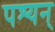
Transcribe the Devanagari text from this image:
पश्यन्